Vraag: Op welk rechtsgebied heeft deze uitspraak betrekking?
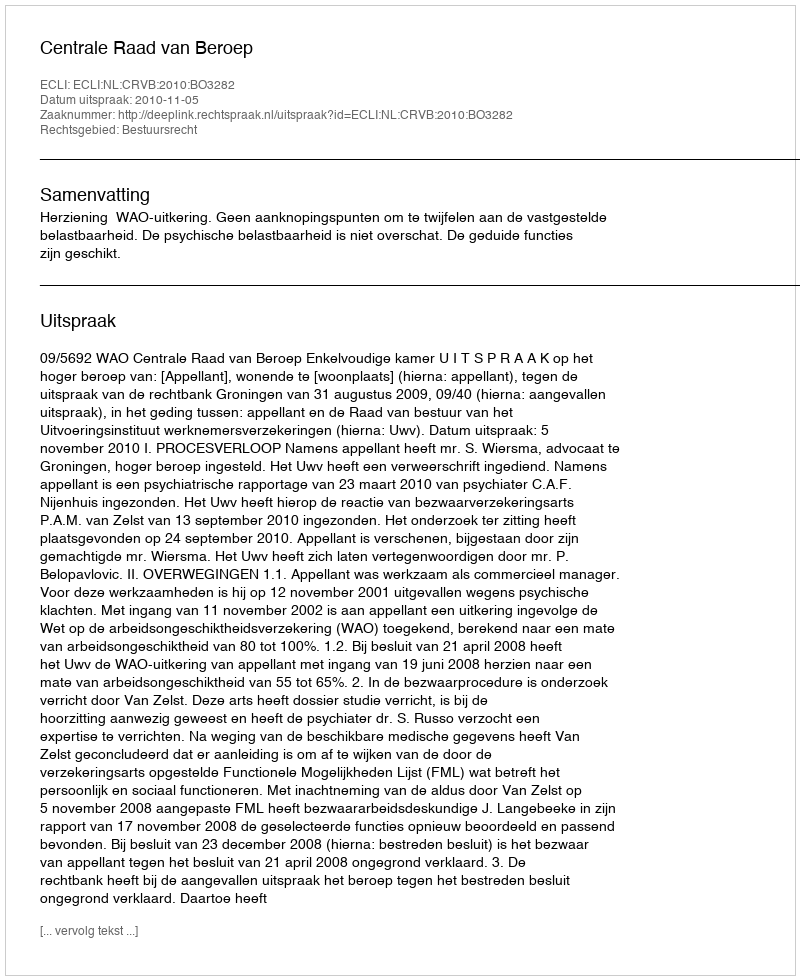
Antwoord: Bestuursrecht